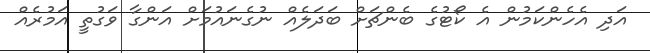
އަދި އެހެންކަމުން އެ ކޯޓުގެ ބެންޗަށް ބަދަލެއް ނުގެނައުމަށް އަންގާ ވަގުތީ އަމުރެއް